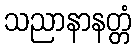
သညာနာနတ္တံ